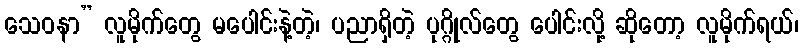
သေဝနာ” လူမိုက်တွေ မပေါင်းနဲ့တဲ့၊ ပညာရှိတဲ့ ပုဂ္ဂိုလ်တွေ ပေါင်းလို့ ဆိုတော့ လူမိုက်ရယ်၊